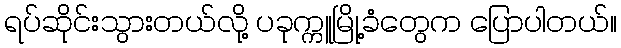
ရပ်ဆိုင်းသွားတယ်လို့ ပခုက္ကူမြို့ခံတွေက ပြောပါတယ်။